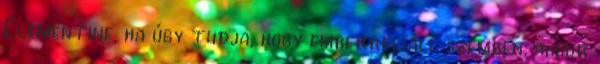
Clementine, ha úgy tudja, hogy emberrel áll szemben, akkor